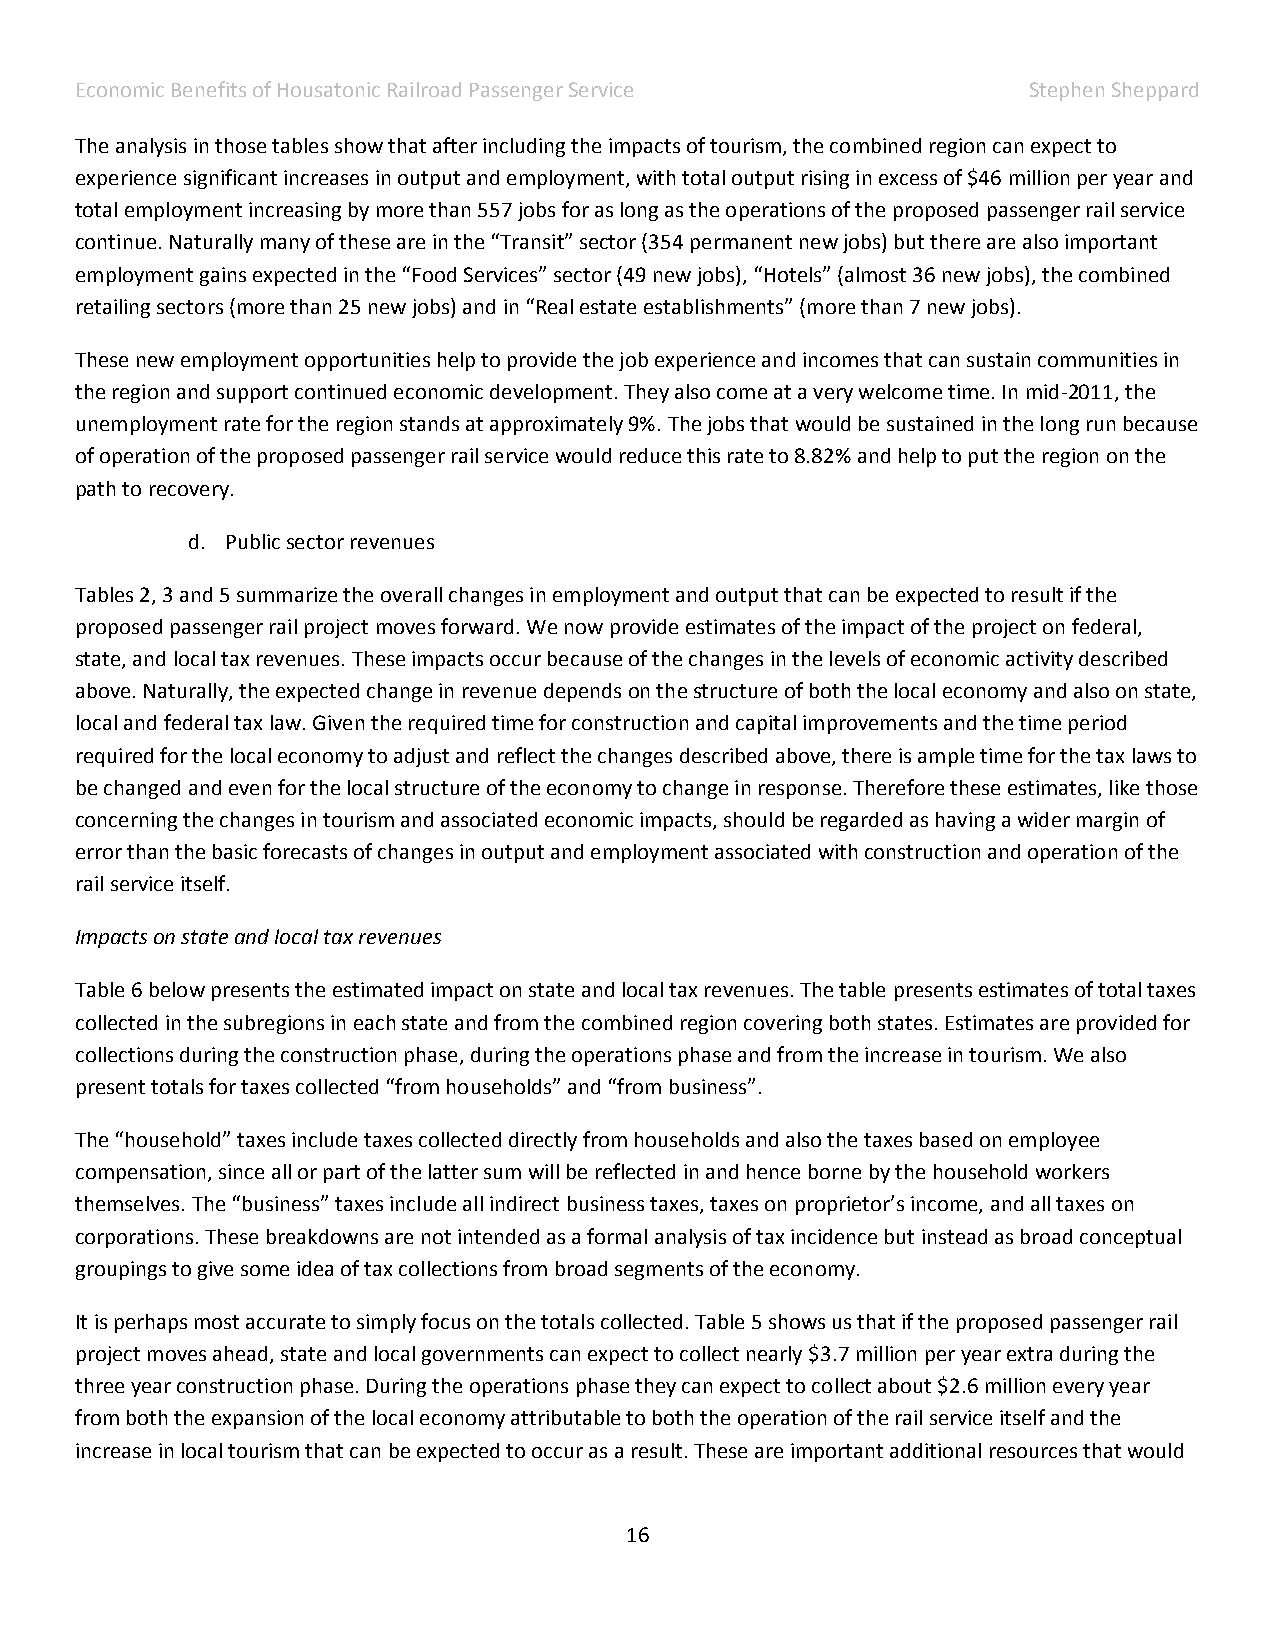
Economic Benefits of Housatonic Railroad Passenger Service     Stephen Sheppard
 The analysis in those tables show that after including the impacts of tourism, the combined region can expect to
 experience significant increases in output and employment, with total output rising in excess of $46 million per year and
 total employment increasing by more than 557 jobs for as long as the operations of the proposed passenger rail service
 continue. Naturally many of these are in the “Transit” sector (354 permanent new jobs) but there are also important
 employment gains expected in the “Food Services” sector (49 new jobs), “Hotels” (almost 36 new jobs), the combined
 retailing sectors (more than 25 new jobs) and in “Real estate establishments” (more than 7 new jobs).
 These new employment opportunities help to provide the job experience and incomes that can sustain communities in
 the region and support continued economic development. They also come at a very welcome time. In mid-2011, the
 unemployment rate for the region stands at approximately 9%. The jobs that would be sustained in the long run because
 of operation of the proposed passenger rail service would reduce this rate to 8.82% and help to put the region on the
 path to recovery.
 d. Public sector revenues
 Tables 2, 3 and 5 summarize the overall changes in employment and output that can be expected to result if the
 proposed passenger rail project moves forward. We now provide estimates of the impact of the project on federal,
 state, and local tax revenues. These impacts occur because of the changes in the levels of economic activity described
 above. Naturally, the expected change in revenue depends on the structure of both the local economy and also on state,
 local and federal tax law. Given the required time for construction and capital improvements and the time period
 required for the local economy to adjust and reflect the changes described above, there is ample time for the tax laws to
 be changed and even for the local structure of the economy to change in response. Therefore these estimates, like those
 concerning the changes in tourism and associated economic impacts, should be regarded as having a wider margin of
 error than the basic forecasts of changes in output and employment associated with construction and operation of the
 rail service itself.
 Impacts on state and local tax revenues
 Table 6 below presents the estimated impact on state and local tax revenues. The table presents estimates of total taxes
 collected in the subregions in each state and from the combined region covering both states. Estimates are provided for
 collections during the construction phase, during the operations phase and from the increase in tourism. We also
 present totals for taxes collected “from households” and “from business”.
 The “household” taxes include taxes collected directly from households and also the taxes based on employee
 compensation, since all or part of the latter sum will be reflected in and hence borne by the household workers
 themselves. The “business” taxes include all indirect business taxes, taxes on proprietor’s income, and all taxes on
 corporations. These breakdowns are not intended as a formal analysis of tax incidence but instead as broad conceptual
 groupings to give some idea of tax collections from broad segments of the economy.
 It is perhaps most accurate to simply focus on the totals collected. Table 5 shows us that if the proposed passenger rail
 project moves ahead, state and local governments can expect to collect nearly $3.7 million per year extra during the
 three year construction phase. During the operations phase they can expect to collect about $2.6 million every year
 from both the expansion of the local economy attributable to both the operation of the rail service itself and the
 increase in local tourism that can be expected to occur as a result. These are important additional resources that would
 16